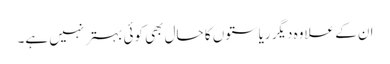
ان کے علاوہ دیگر ریاستوں کا حال بھی کوئی بہتر نہیں ہے۔